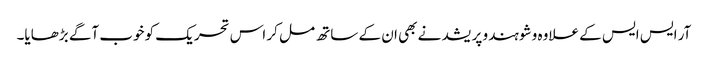
آر ایس ایس کے علاوہ وشو ہندو پریشد نے بھی ان کے ساتھ مل کر اس تحریک کو خوب آگے بڑھایا۔